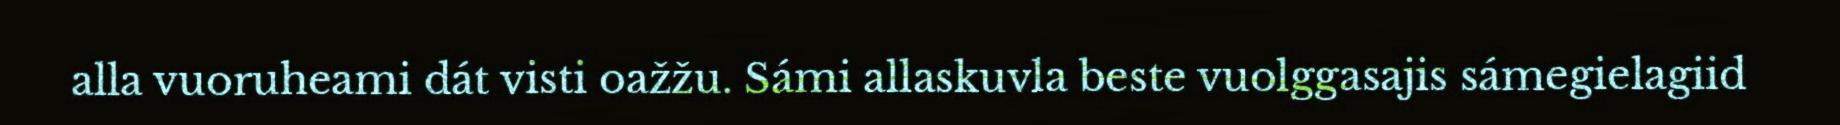
alla vuoruheami dát visti oažžu. Sámi allaskuvla beste vuolggasajis sámegielagiid